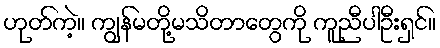
ဟုတ်ကဲ့။ ကျွန်မတို့မသိတာတွေကို ကူညီပါဦးရှင်။